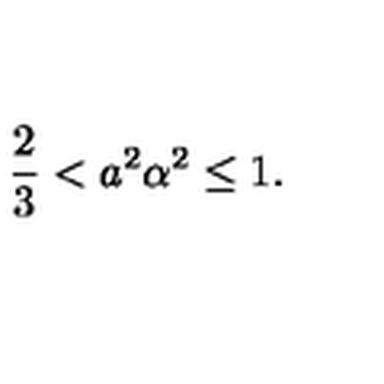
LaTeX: \frac 2 3 < a ^ { 2 } \alpha ^ { 2 } \leq 1 .